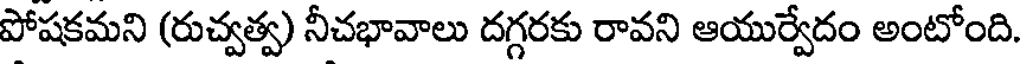
పోషకమని (రుచ్వత్వ) నీచభావాలు దగ్గరకు రావని ఆయుర్వేదం అంటోంది.